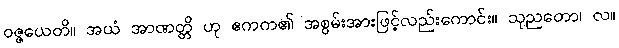
ဝဇ္ဇယေတိ။ အယံ အာဏတ္တိ ဟု ဧကက၏ အစွမ်းအားဖြင့်လည်းကောင်း။ သုညတော၊ လ။